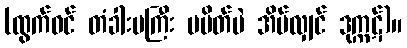
(ထွက်ဝင် တံခါးမကြီး မပိတ်ပဲ အိပ်လျှင် ဒုက္ကဋ်)။